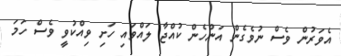
އެވަރުން ވެސް ނުވެގެން އަންހެން ކުއްޖާ ލައްވައި ހަށި ވިއްކުވީ ވެސް ހަމަ